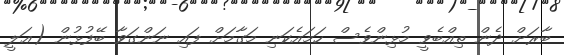
ބާރަށް ދެން ތިއްބެވީ މުޅިންވެސް ހަމައެކަނި މަގާމަށް ފައި ނަންގަވާ ބޭފުޅުން (ޢަލީ